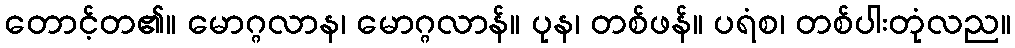
တောင့်တ၏။ မောဂ္ဂလာန၊ မောဂ္ဂလာန်။ ပုန၊ တစ်ဖန်။ ပရံစ၊ တစ်ပါးတုံလည။